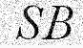
SB